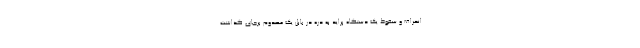
انحراف و سقوط یک دستگاه پراید به دره در بابل یک مصدوم برجای گذاشت.